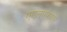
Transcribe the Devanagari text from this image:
एएलएफएल